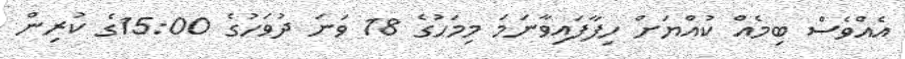
އެއްވެސް ބިމެއް ކުއްޔަށް ހިފާފައިވާނަމަ މިމަހުގެ 18 ވަނަ ދުވަހުގެ 15:00ގެ ކުރިން